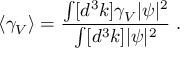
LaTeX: \langle \gamma _ { V } \rangle = \frac { \int [ d ^ { 3 } k ] \gamma _ { V } | \psi | ^ { 2 } } { \int [ d ^ { 3 } k ] | \psi | ^ { 2 } } \; .